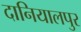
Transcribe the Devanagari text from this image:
दानियालपुर